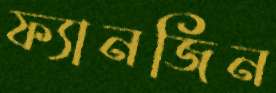
ফ্যানজিন